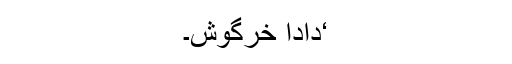
‘دادا خرگوش۔